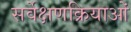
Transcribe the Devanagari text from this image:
सर्वेक्षणक्रियाओं